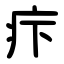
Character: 疜